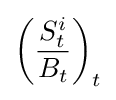
\left({\frac {S_{t}^{i}}{B_{t}}}\right)_{t}